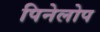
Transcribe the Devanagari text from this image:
पिनेलोप